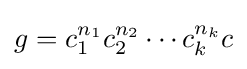
g=c_{1}^{n_{1}}c_{2}^{n_{2}}\cdots c_{k}^{n_{k}}c